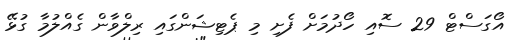
އޯގަސްޓް 29 ސޮއި ހޯދުމަށް ފެށި މި ޕެޓިޝަންގައި ރިލްވާން ގެއްލުމާ ގުޅޭ